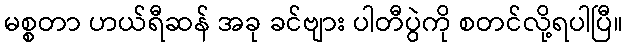
မစ္စတာ ဟယ်ရီဆန် အခု ခင်ဗျား ပါတီပွဲကို စတင်လို့ရပါပြီ။